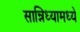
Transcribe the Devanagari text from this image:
सान्निध्यामध्ये